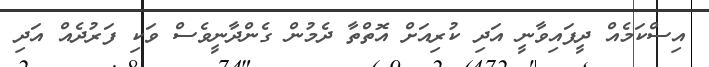
އިސްކަމެއް ދީފައިވާނީ އަދި ކުރިއަށް އޮތްތާ ދެމުން ގެންދާނީވެސް ވަކި ފަރުދެއް އަދި